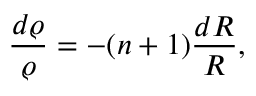
\frac { d \varrho } { \varrho } = - ( n + 1 ) \frac { d { \cal R } } { \cal R } ,